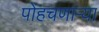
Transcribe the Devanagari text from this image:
पोहचणाऱ्या